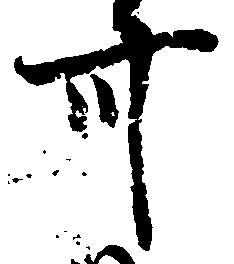
卅